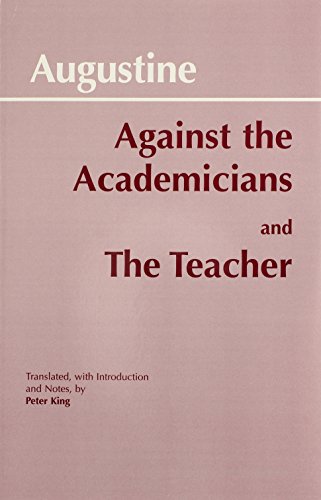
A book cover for Against Academicians and the Teacher; St. Augustine; Politics & Social Sciences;